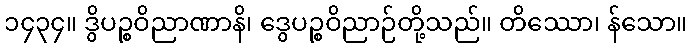
၁၄၃၄။ ဒွိပဉ္စဝိညာဏာနိ၊ ဒွေပဉ္စဝိညာဉ်တို့သည်။ တိဿော၊ န်သော။